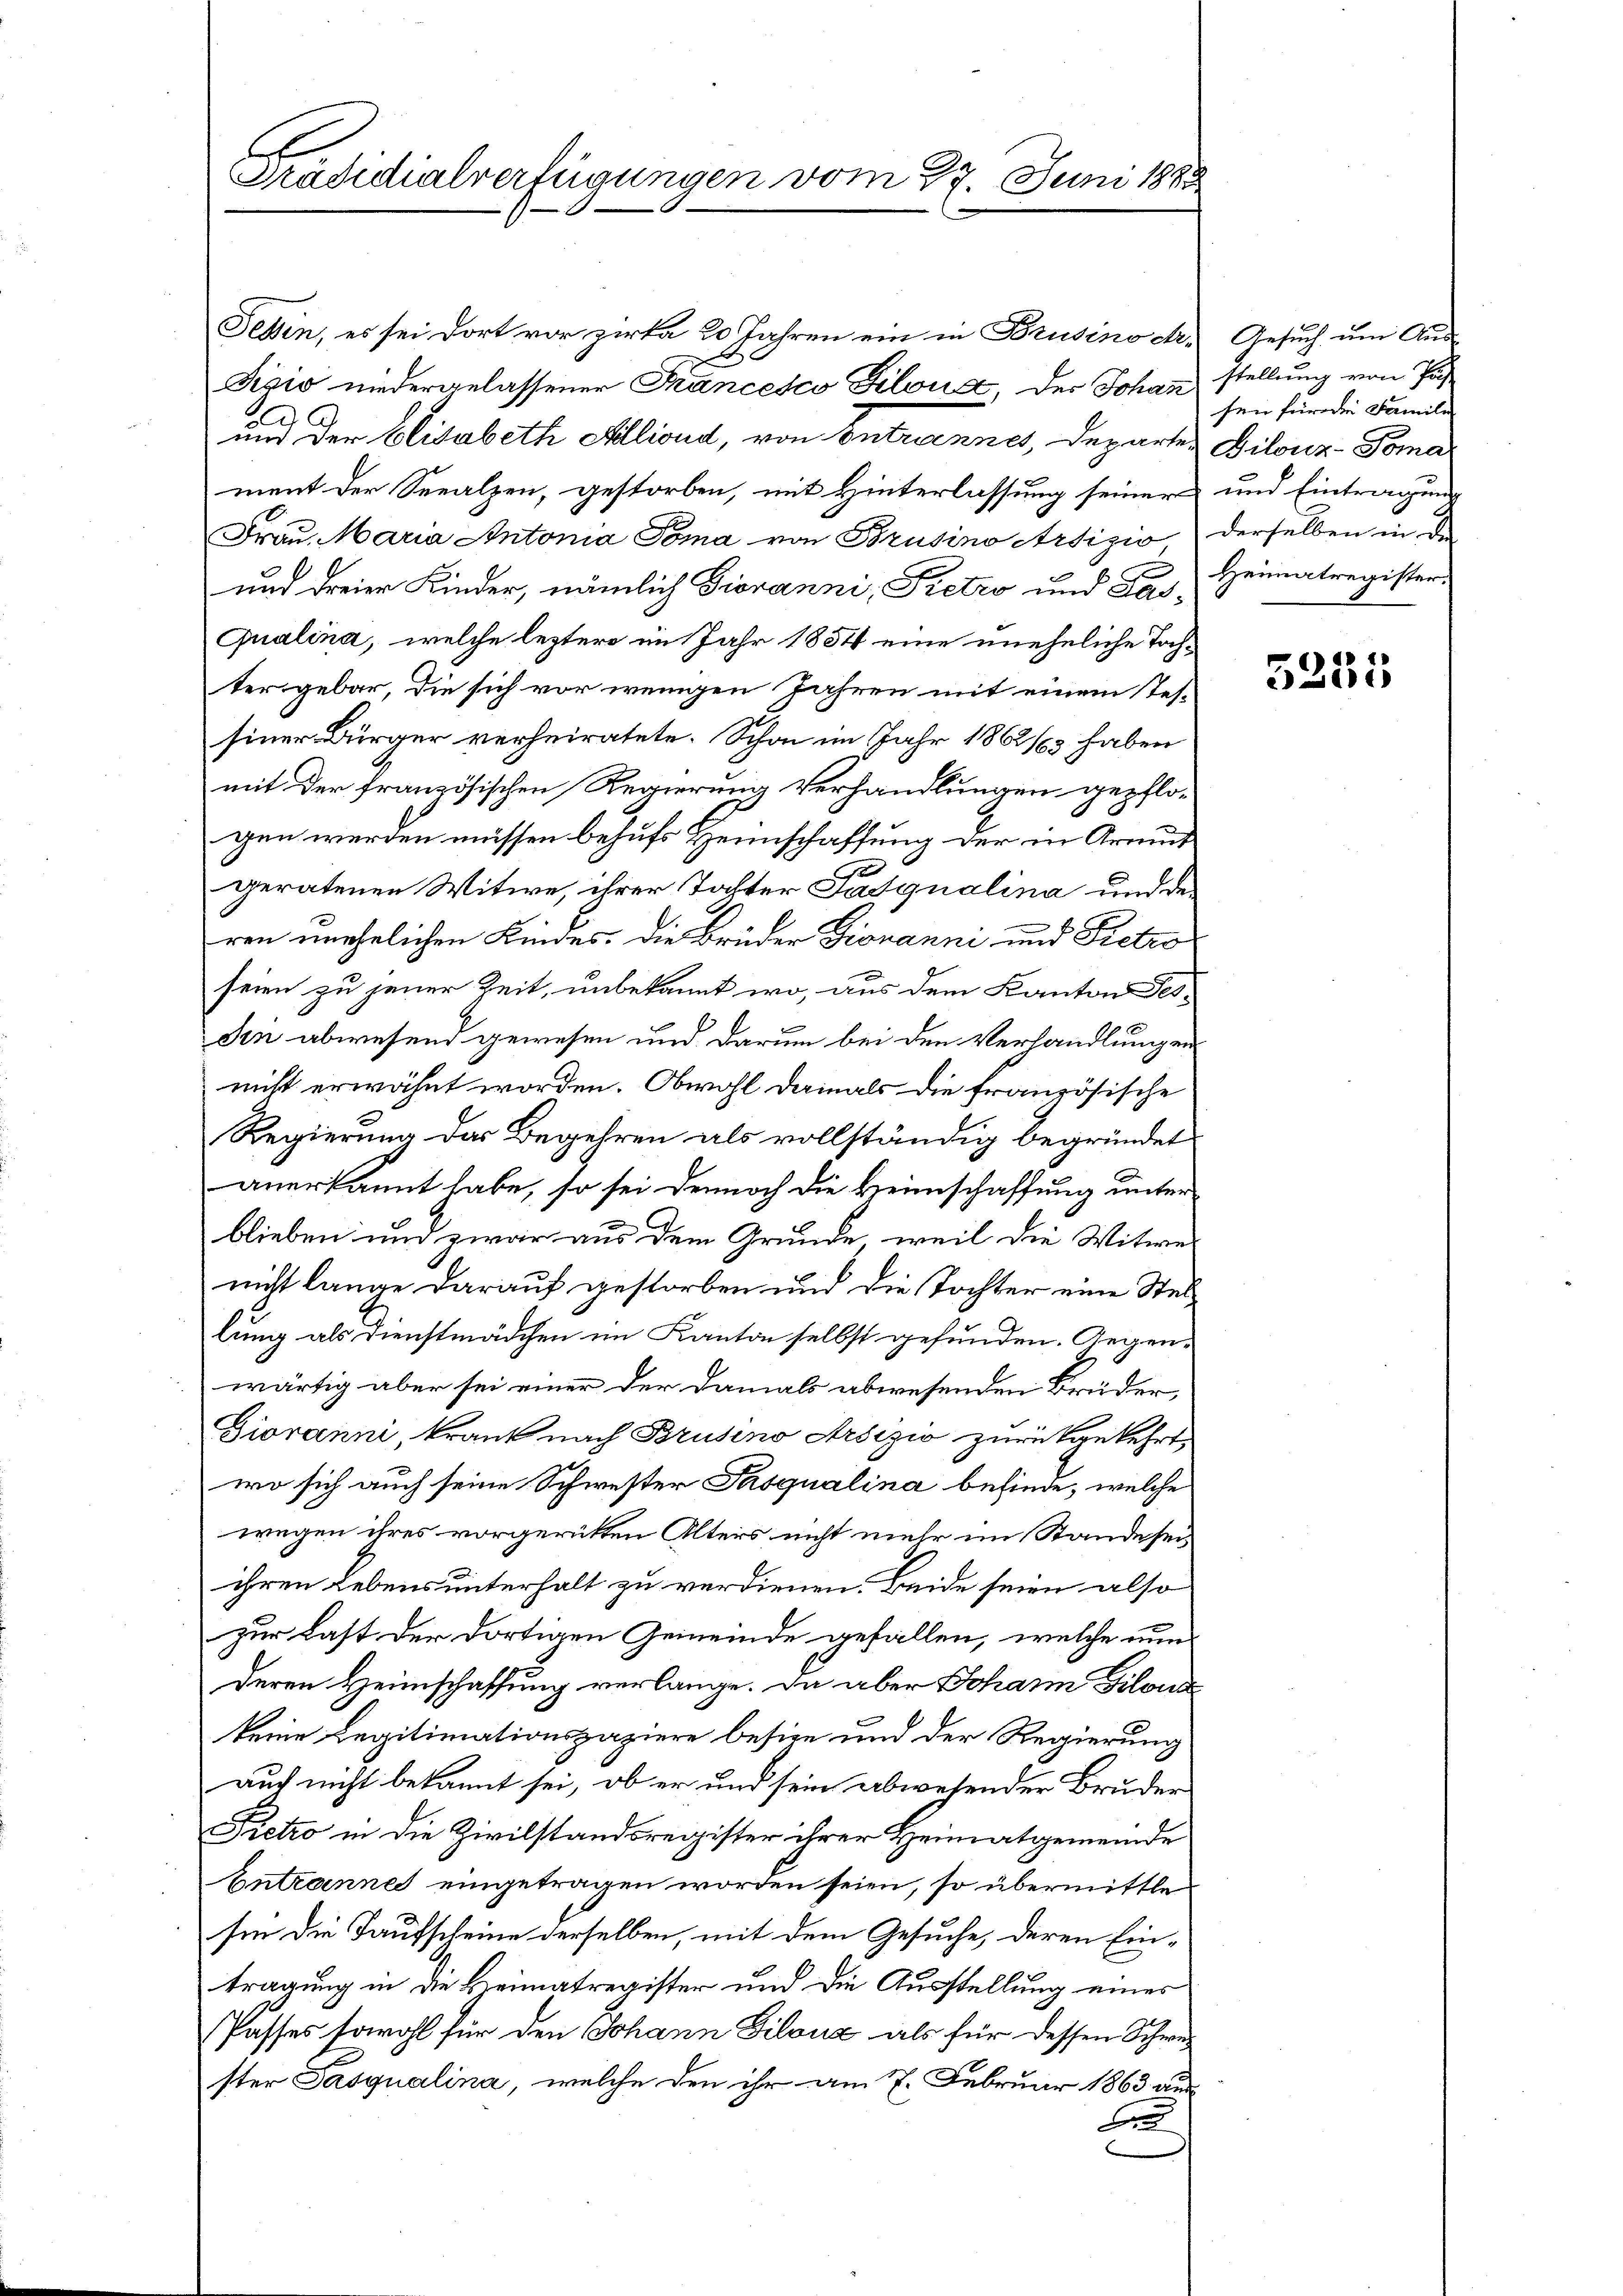
Präsidialverfügungen vom 27. Juni 1883

e
ment der Seealzen, gestorben, mit Hinterlassung seiner und Eintragung
Frau. Maria Antonia Toma von Brusino Artizio derselben in der
und dreier Kinder, nämlich Giovanni, Pretro und Fas¬
Qualina, welche leztere im Jahr 1884 eine uneheliche Tochter gebar, die sich vor wenigen Jahren mit einem Tes-
siner Bürger verheiratete. Schon im Jahr 1862/3 haben
mit der französischen Regierung Verhandlungen gepflogen werden müssen behufs Heimschaffung der in Armut
J
geratenen Witwe, ihrer Taster Tasqualina und deren unehelichen Kindes. Die Brüder Giovanni und Pietro
seien zu jener Zeit, unbekannt wo, aus dem Kanton Fes¬
Sin abwesend gewesen und darum bei den Verhandlungen
nicht erwähnt worden. Obwohl damals die französische
Regierung das Begehren als vollständig begründet
anerkannt habe, so sei dennoch die Heimschaffung unter
blieben und zwar aus dem Grunde, weil die Witwes
nicht lange darauf gestorben und die Tochter eine Stellung als Dienstmädchen im Kanton selbst gefunden. Gegenwärtig aber sei einer der damals abwesenden Brüder,
Giovanni, krank nach Brusino Arsizio zurückgekehrt,
wo sich auch seine Schwester Pasqualina befinde, welche
wegen ihres vorgerückten Alters nicht mehr im Stande seiihren Lebensunterhalt zu verdienen. Beide seien also
zur Last der dortigen Gemeinde gefallen, welche nun
deren Heimschaffung verlange. Da aber Johann Gilona
keine Legitimationspaziere besize und der Regierung
auch nicht bekannt sei, ob er und sein abwesender Bruder
Pretro in die Zivilstandsregister ihrer Heimatgemeinde
Entrannes eingetragen worden seien, so übermittlesie die Taufscheine derselben, mit dem Gesuche, deren Eintragung in die Heimatregister und die Ausstellung eines
Passes sowohl für den Johann Filanz als für dessen Schwei
ster Pasqualina, welche den ihr am 7. Februar 1863 aus
u

Tessin, es sei dort vor zirka 20 Jahren ein in Brusino des Gesuch um Ande
dizio niedergelassener Francesco Gilona, der Johann stellung von Pas
und der Elisabeth Alliond, von Antrannes, Departen Dilonz-Toma

sen für die Familie
Heimatregister.

5255